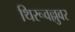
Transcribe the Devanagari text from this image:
थिरूवल्लुवर